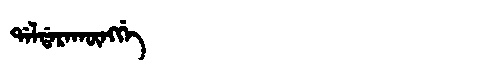
Manchu: ᡩᠠᠯᡩᠠᡵᠠᡴᡡᠩᡤᡝ
Romanization: DALDARAKŪNGGE